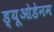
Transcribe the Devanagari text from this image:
ड्यूओडेनम